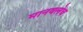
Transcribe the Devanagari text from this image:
मानवलेच